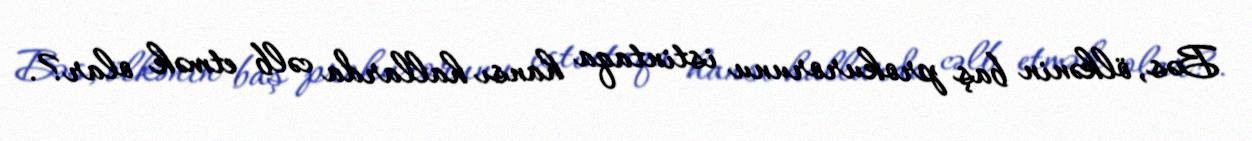
Bəs, ölkənin baş prokurorunu istintaqa hansı hallarda cəlb etmək olar?.